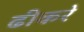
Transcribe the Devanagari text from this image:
ढीकरे